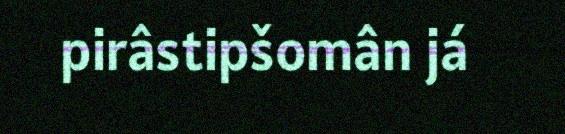
pirâstipšomân já